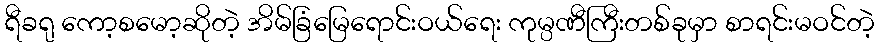
ရီခရု ကော့စမော့ဆိုတဲ့ အိမ်ခြံမြေရောင်းဝယ်ရေး ကုမ္ပဏီကြီးတစ်ခုမှာ စာရင်းမဝင်တဲ့